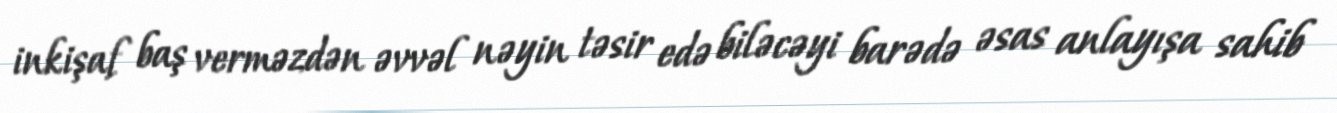
inkişaf baş verməzdən əvvəl nəyin təsir edə biləcəyi barədə əsas anlayışa sahib